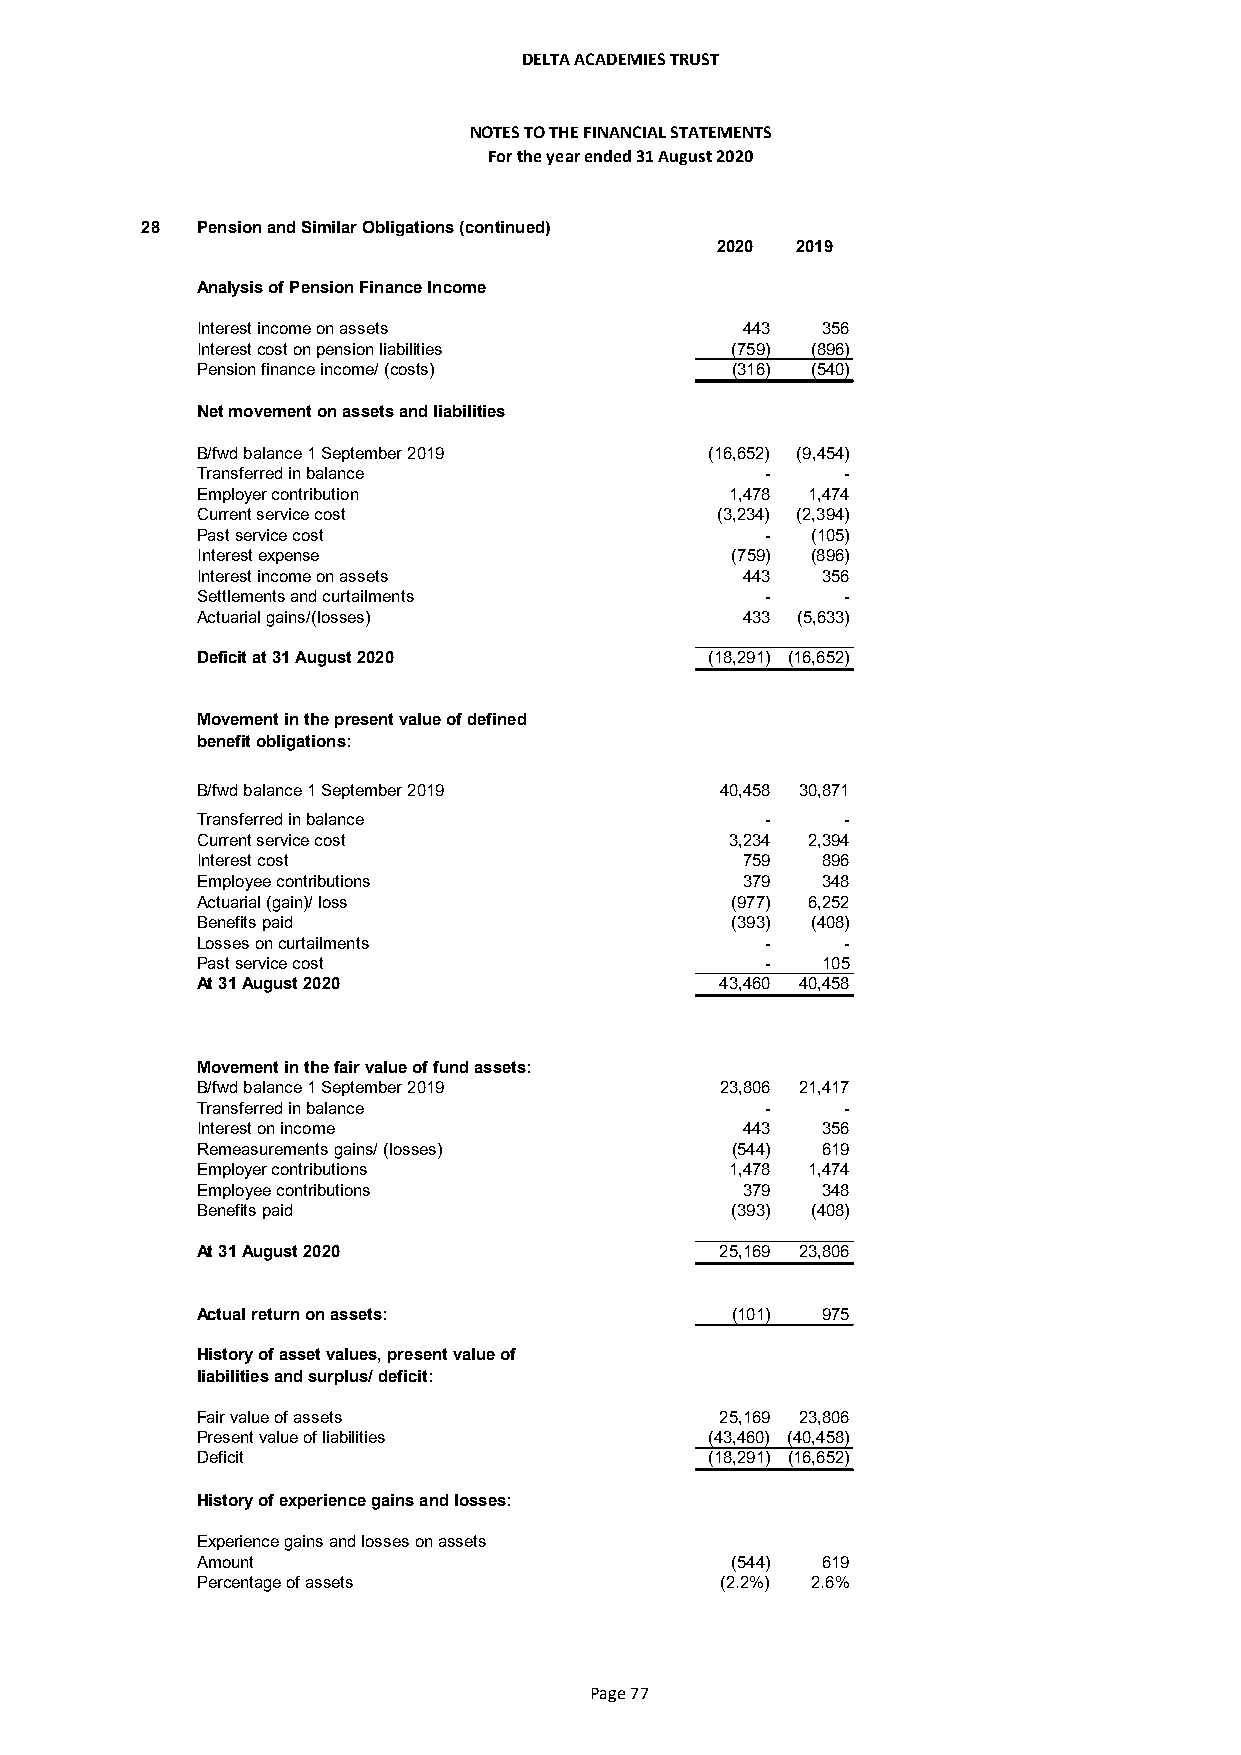
DELTA ACADEMIES TRUST
 NOTES TO THE FINANCIAL STATEMENTS
 For the year ended 31 August 2020
 28  Pension and Similar Obligations (continued)
 2020  2019
 Analysis of Pension Finance Income
 Interest income on assets           443  356
 Interest cost on pension liabilities (759) (896)
 Pension finance income/ (costs)    (316) (540)
 Net movement on assets and liabilities
 B/fwd balance 1 September 2019    (16,652) (9,454)
 Transferred in balance                -    -
 Employer contribution              1,478 1,474
 Current service cost              (3,234) (2,394)
 Past service cost                     -  (105)
 Interest expense                   (759) (896)
 Interest income on assets           443  356
 Settlements and curtailments          -    -
 Actuarial gains/(losses)            433 (5,633)
 Deficit at 31 August 2020         (18,291) (16,652)
 Movement in the present value of defined
 benefit obligations:
 B/fwd balance 1 September 2019     40,458 30,871
 Transferred in balance                -    -
 Current service cost               3,234 2,394
 Interest cost                       759  896
 Employee contributions              379  348
 Actuarial (gain)/ loss             (977) 6,252
 Benefits paid                      (393) (408)
 Losses on curtailments                -    -
 Past service cost                     -  105
 At 31 August 2020                  43,460 40,458
 Movement in the fair value of fund assets:
 B/fwd balance 1 September 2019     23,806 21,417
 Transferred in balance                -    -
 Interest on income                  443  356
 Remeasurements gains/ (losses)     (544) 619
 Employer contributions             1,478 1,474
 Employee contributions              379  348
 Benefits paid                      (393) (408)
 At 31 August 2020                  25,169 23,806
 Actual return on assets:           (101) 975
 History of asset values, present value of
 liabilities and surplus/ deficit:
 Fair value of assets               25,169 23,806
 Present value of liabilities      (43,460) (40,458)
 Deficit                           (18,291) (16,652)
 History of experience gains and losses:
 Experience gains and losses on assets
 Amount                             (544) 619
 Percentage of assets               (2.2%) 2.6%
 Page 77